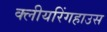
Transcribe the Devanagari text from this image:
क्लीयरिंगहाउस